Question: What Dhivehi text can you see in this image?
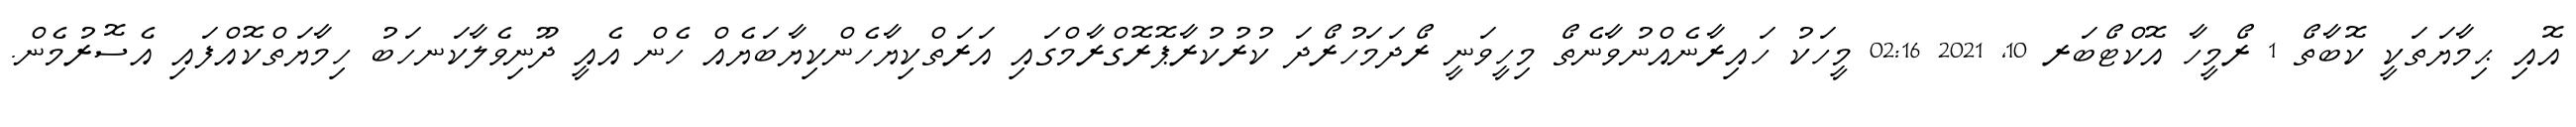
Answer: އޮއި ޙިމާޔަތަކީ ކޮބާތޯ 1 ރޯމީހާ އޮކްޓޯބަރ 10, 2021 02:16 މީހަކު ހައިރާނެއްނުވާނެތޯ މިހީވަނީ ރޯދަމަހުރޯދަ ކުރުކުރާޕޮރޮގްރާމްގައި އަރަތްކިޔާހެންކިޔާބަޔެއް ހެން އެއީ ދޫނިވެލާކަނހަބު ހިމާޔަތްކޮއްފައި އެސޮރުމެން.